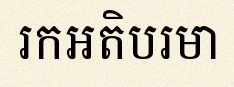
រកអតិបរមា